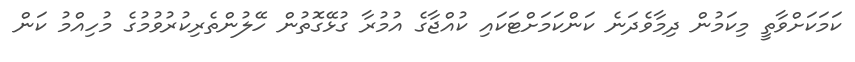
ކަމަކަށްވާތީ މިކަމުން ދިމާވެދަނެ ކަންކަމަށްޓަކައި ކުއްޖާގެ އުމުރާ ގުޅޭގޮތުން ހޭލުންތެރިކުރުވުމުގެ މުހިއްމު ކަން